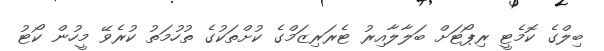
ބިލްގެ ކޮމެޓީ ރިޕޯޓަށް ބަލާލާއިރު ޓެރަރިޒަމްގެ ކުށްތަކުގެ ތުހުމަތު ކުރެވޭ މީހުން ކޯޓު